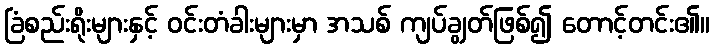
ခြံစည်းရိုးများနှင့် ဝင်းတံခါးများမှာ အသစ် ကျပ်ချွတ်ဖြစ်၍ တောင့်တင်း၏။